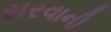
સરવાની